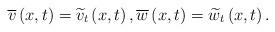
LaTeX: \begin{align*}\overline{v}\left( x,t\right) =\widetilde{v}_{t}\left( x,t\right) ,\overline{w}\left( x,t\right) =\widetilde{w}_{t}\left( x,t\right) .\end{align*}